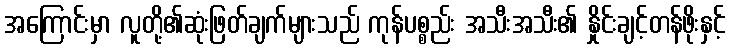
အကြောင်းမှာ လူတို့၏ဆုံးဖြတ်ချက်များသည် ကုန်ပစ္စည်း အသီးအသီး၏ နှိုင်းချင့်တန်ဖိုးနှင့်